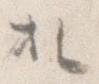
於